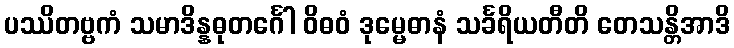
ပဿိတဗ္ဗကံ သမာဒိန္နဓုတင်္ဂေါ ဝိဓဝံ ဒုမ္မေဓာနံ သင်္ခရိယတီတိ တေသန္တိအာဒိ